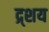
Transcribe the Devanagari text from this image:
द्र्शय